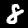
Label: 8